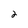
Character: 2